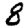
Digit: 8